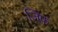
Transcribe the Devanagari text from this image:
जिफ़